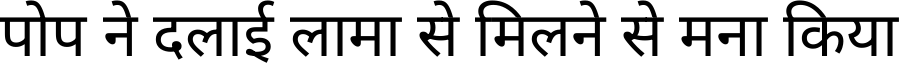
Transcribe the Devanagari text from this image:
पोप ने दलाई लामा से मिलने से मना किया